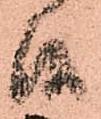
候